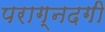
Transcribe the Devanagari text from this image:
पराग्नदगी